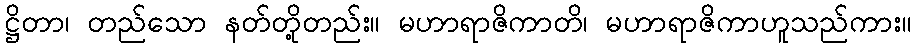
ဋ္ဌိတာ၊ တည်သော နတ်တို့တည်း။ မဟာရာဇိကာတိ၊ မဟာရာဇိကာဟူသည်ကား။